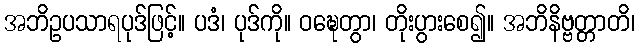
အဘိဥပသာရပုဒ်ဖြင့်။ ပဒံ၊ ပုဒ်ကို။ ဝဍ္ဎေတွာ၊ တိုးပွားစေ၍။ အဘိနိဗ္ဗတ္တာတိ၊